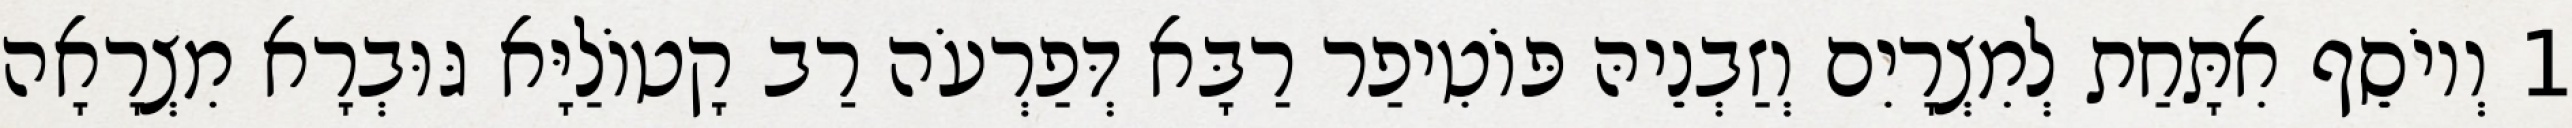
1 וְיוֹסֵף אִתָּחַת לְמִצְרָיִם וְזַבְנֵיהּ פּוֹטִיפַר רַבָּא דְּפַרְעֹה רַב קָטוֹלַיָּא גּוּבְרָא מִצְרָאָה